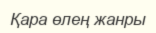
Қара өлең жанры